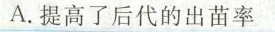
A.提高了后代的出苗率